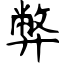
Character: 弊